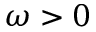
\omega > 0